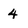
Character: 4